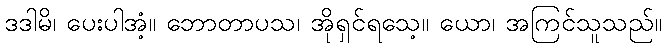
ဒဒါမိ၊ ပေးပါအံ့။ ဘောတာပသ၊ အိုရှင်ရသေ့။ ယော၊ အကြင်သူသည်။